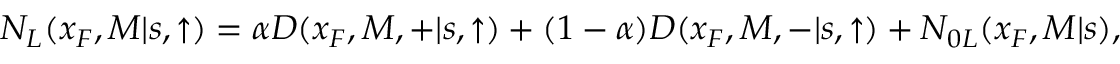
N _ { L } ( x _ { F } , M | s , \uparrow ) = \alpha D ( x _ { F } , M , + | s , \uparrow ) + ( 1 - \alpha ) D ( x _ { F } , M , - | s , \uparrow ) + N _ { 0 L } ( x _ { F } , M | s ) ,